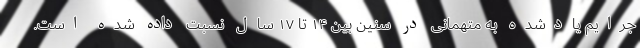
جرایم یادشده به متهمانی در سنین بین ۱۴ تا ۱۷ سال نسبت داده شده است.